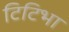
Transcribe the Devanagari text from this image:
टिटिभा